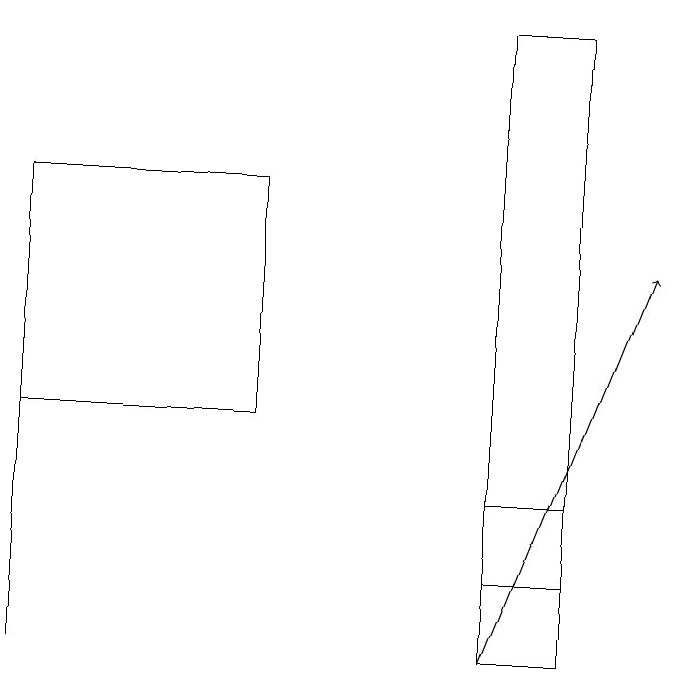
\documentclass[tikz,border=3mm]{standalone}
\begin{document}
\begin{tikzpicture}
\draw (8,12) rectangle (7,10);
\draw[->] (7,10) -- (9,15);
\draw (7,11) rectangle (8,18);
\draw (1,15) rectangle (1,10);
\draw (4,16) rectangle (1,13);
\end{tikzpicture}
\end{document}